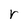
Character: r